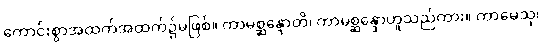
ကောင်းစွာအထက်အထက်၌မဖြစ်။ ကာမစ္ဆန္ဒောတိ၊ ကာမစ္ဆန္ဒောဟူသည်ကား။ ကာမေသု၊